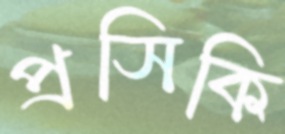
প্রসিকি